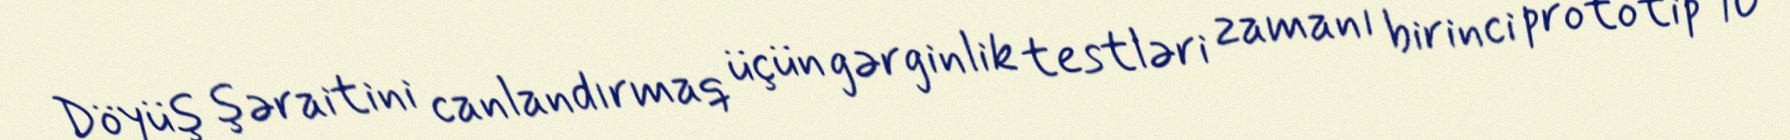
Döyüş şəraitini canlandırmaq üçün gərginlik testləri zamanı birinci prototip 10